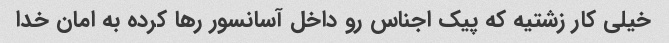
خیلی کار زشتیه که پیک اجناس رو داخل آسانسور رها کرده به امان خدا